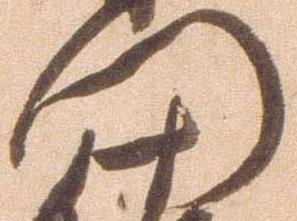
門